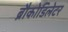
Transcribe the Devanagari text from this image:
ब्रौकोडिलेटर